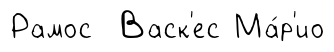
Рамос Васк'ес Ма́р'ио